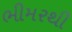
ભીમરથી